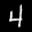
Digit: 4